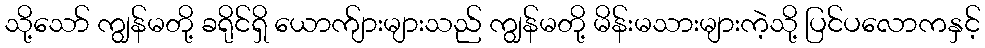
သို့သော် ကျွန်မတို့ ခရိုင်ရှိ ယောက်ျားများသည် ကျွန်မတို့ မိန်းမသားများကဲ့သို့ ပြင်ပလောကနှင့်